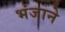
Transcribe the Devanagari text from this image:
भंजाने